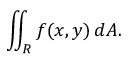
\iint _ { R } f ( x , y ) \, d A .